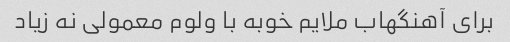
برای آهنگهاب ملایم خوبه با ولوم معمولی نه زیاد